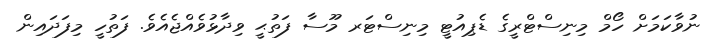
ނުވާކަމަށް ހޯމް މިނިސްޓްރީގެ ޑެޕިއުޓީ މިނިސްޓަރ މޫސާ ފަތުޙީ ވިދާޅުވެއްޖެއެވެ. ފަތުހީ މިފަދައިން